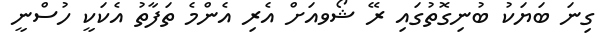
ގިނަ ބަޔަކު ބުނިގޮތުގައި ރޭ ޝޯވއަށް އެރި އެންމެ ތަފާތު އެކަކީ ހުސްނީ